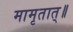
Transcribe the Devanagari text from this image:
मामृतात्॥